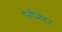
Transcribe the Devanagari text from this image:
ऐनीमेटर